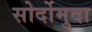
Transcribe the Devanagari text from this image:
सोर्दोमुदा